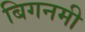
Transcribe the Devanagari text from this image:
बिगनमी